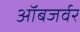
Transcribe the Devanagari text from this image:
ऑबजर्वर